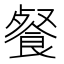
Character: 餐